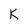
Character: K